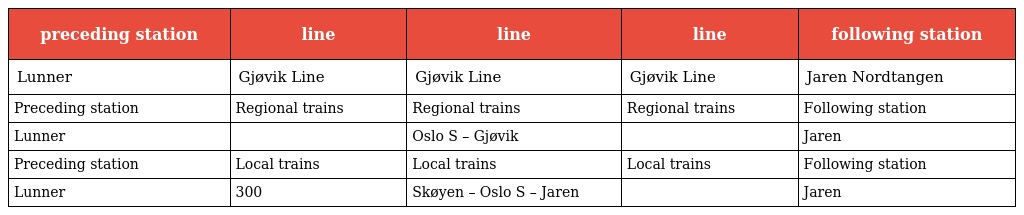
| preceding station | line | line | line | following station |
 | --- | --- | --- | --- | --- |
 | Lunner | Gjøvik Line | Gjøvik Line | Gjøvik Line | Jaren Nordtangen |
 | Preceding station | Regional trains | Regional trains | Regional trains | Following station |
 | Lunner |  | Oslo S – Gjøvik |  | Jaren |
 | Preceding station | Local trains | Local trains | Local trains | Following station |
 | Lunner | 300 | Skøyen – Oslo S – Jaren |  | Jaren |